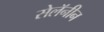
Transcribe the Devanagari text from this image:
सेलॅनीन